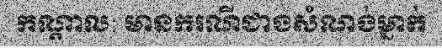
កណ្តាល: មានករណីជាងសំណង់ម្នាក់